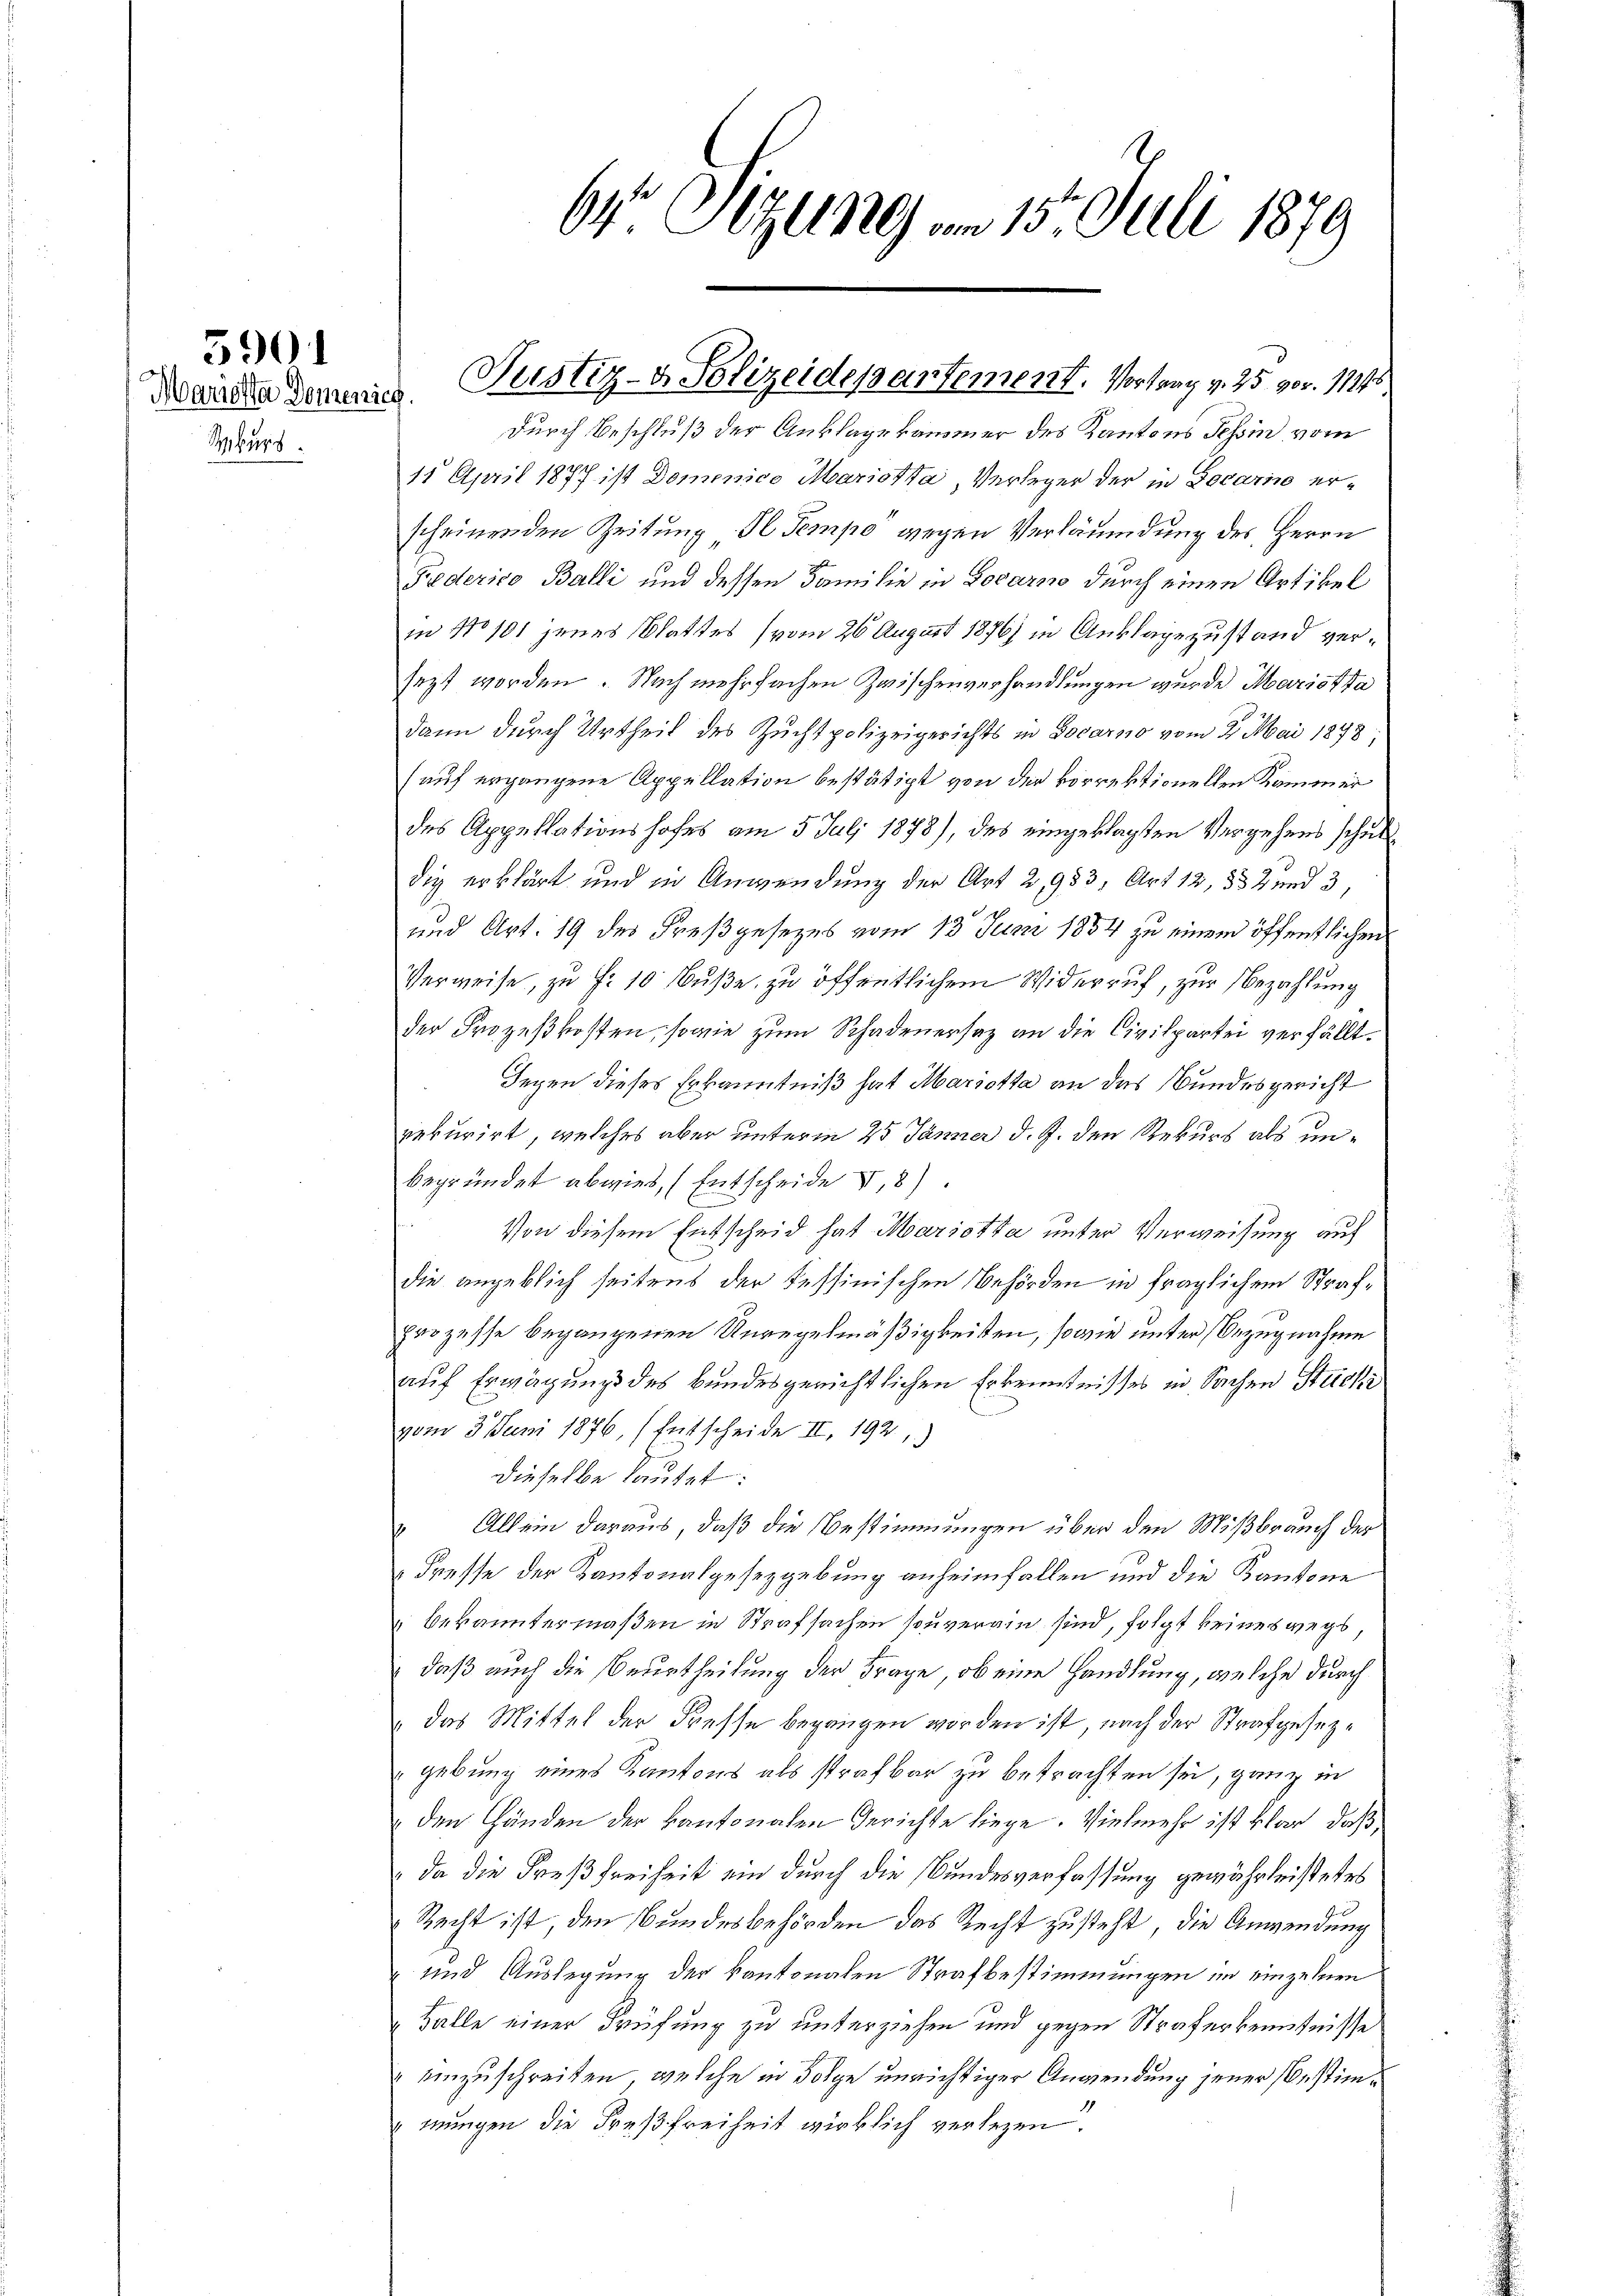
Rekurs

5901

durch Beschluß der Anklagekammer des Kantons Tessin vom
18 April 1877 ist Domenico Mariotta, Verleger der in Locarin erscheinenden Zeitung Il Tempo wegen Verläumdung des Herrn
Federico Balli und dessen Familie in Locarno durch einen Artikel
in No 101 jenes Blattes (vom 26. August 1876) in Anklagezustand versezt worden. Nach mehrfachen Zwischenverhandlungen wurde Mariotta
dann durch Urtheil des Zuchtpolizeigerichts in Docarno vom 21. Mai 1878;
(auf ergangene Appellation bestätigt von der korrektionellen Kammer
des Appellationshofes am 5. Juli 1878), des eingeklagten Vergehens schuldig erklärt und in Anwendung der Art 2,953, Art 12, 332 und 3,
und Art. 19 des Freßgesezes vom 13. Juni 1884 zu einem öffentlichen
Verweise, zu Fr. 10 Fuße zu öffentlichem Widerruf, zur Bezahlung
der Prozeßkosten, sowie zum Schadenersaz an die Civilpartei verfällt.
Jegen dieses Erkanntniß hat Mariotta an das Bundesgericht
rekurirt, welches aber unterm 25. Jänner d. J. den Rekurs als unbegründet abwies, (Entscheide II,8)
Von diesem Entscheid hat Mariotta unter Verweisung auf
die angeblich seitens der Tessinischen Behörden in fraglichem Strafprozesse begangenen Unregelmäßigkeiten, sowie unter Bezugnahme
auf Erwägungs des Bundesgerichtlichen Erkenntnisses in Sachen Stücki
vom 3. Juni 1876, (Entscheide II. 1921)
dieselbe lautet:
Allein daraus, daß die Bestimmungen über den Mißbrauch der
Fresse der Kantonalgesezgebung anheimfallen und die Kantone
bekanntermaßen in Strafsachen souverain sind, folgt keineswegs,
" daß auch die Beurtheilung der Frage, ob eine Handlung, welche durch
das Mittel der Fresse begangen worden ist, nach der Strafgesezgebung eines Kantons als strafbar zu betrachten sei, ganz in
den Händen der kantonalen Gerichte liege. Vielmehr ist klar, daß
da die Freßfreiheit ein durch die Bundesverfassung gewährleistetes
Recht ist, den Bundesbehörden das Recht zusteht, die Anwendung
und Auslegung der kantonalen Strafbestimmungen im einzelnen
Halle einer Prüfung zu unterziehen und gegen Straferkenntnisse
" einzuschreiten, welche in Folge unrichtiger Anwendung jener bestimmungen die Freßfreiheit wirklich verlegen.

64 Sizung am 15. Juli 1879

Wandte demanns Justiz- & Polizeidepartement. Vortrag v. 25 vor. 11845